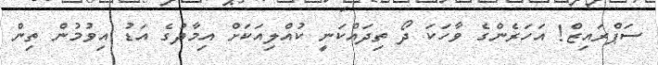
ސަޕްރައިޒް! އަހަރެންގެ ވާހަކަ ދޯ ތިދައްކަނީ ކުއްލިއަކަށް އިމާދުގެ އަޑު އިވުމުން ތިން